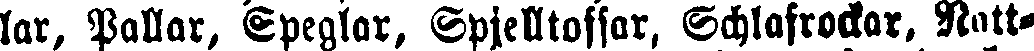
lar, Pallar, Speglar, Spjelltofsar, Schlafrockar. Natt-